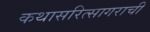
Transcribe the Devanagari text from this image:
कथासरित्सागराची